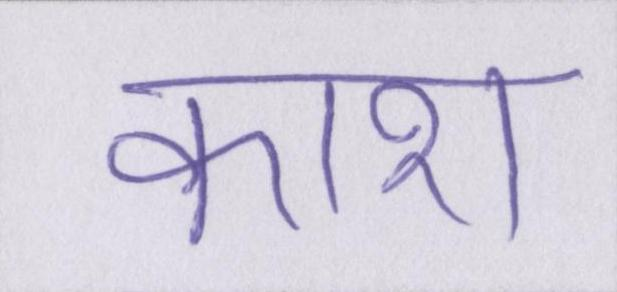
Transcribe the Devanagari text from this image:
काश